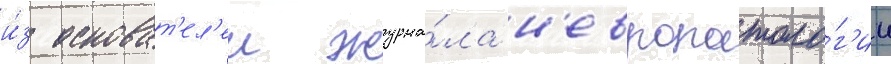
и́з основат'ел'еи журна́ла н'европатоло́г'ии